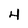
Character: 4